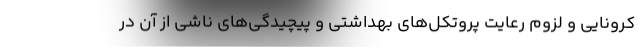
کرونایی و لزوم رعایت پروتکل‌های بهداشتی و پیچیدگی‌های ناشی از آن در